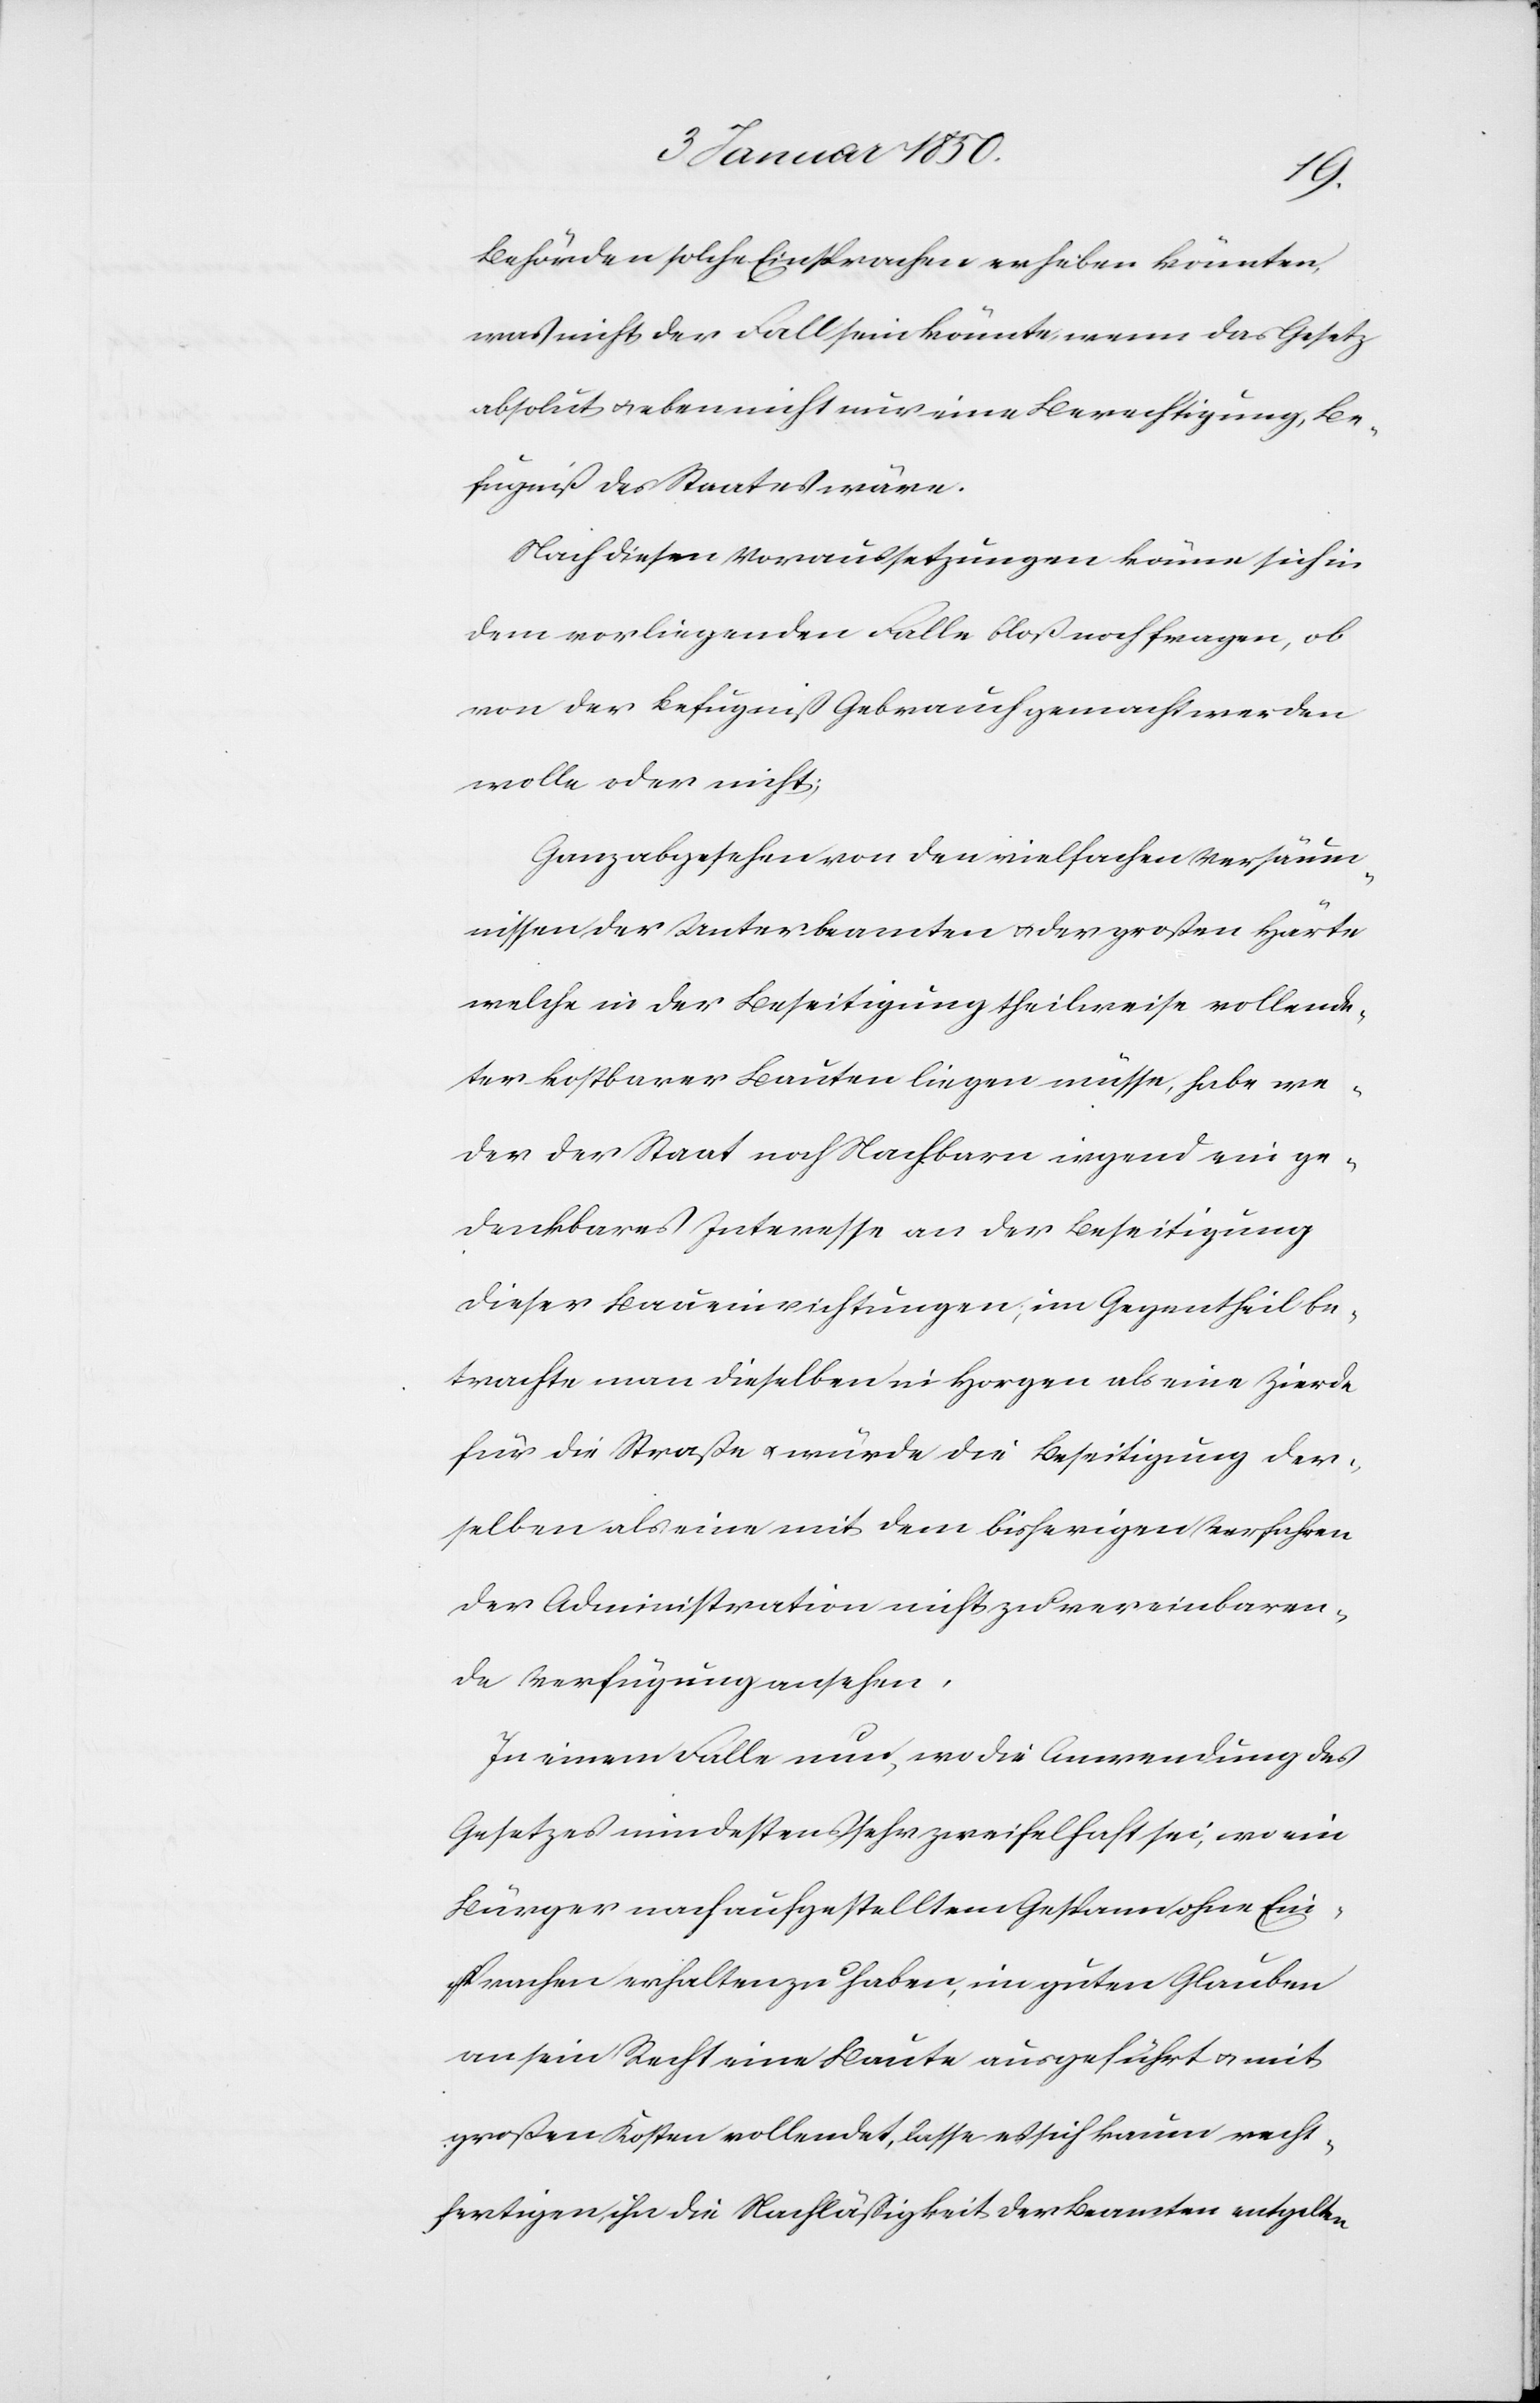
Behörden solche Einsprachen erheben könnten,
was nicht der Fall sein könnte, wenn das Gesetz
absolut u. eben nicht nur eine Berechtigung, Be¬
fugniß des Staates wäre.
Nach diesen Voraussetzungen könne sich in
dem vorliegenden Falle bloß noch fragen, ob
von der Befugniß Gebrauch gemacht werden
wolle oder nicht;
Ganz abgesehen von den vielfachen Versäum¬
nissen der Unterbeamten u. der grossen Härte
welche in der Beseitigung theilweise vollende¬
ter kostbarer Bauten liegen müsse, habe we¬
der der Staat noch Nachbarn irgend ein ge¬
denkbares Interesse an der Beseitigung
dieser Baueinrichtungen, im Gegentheil be¬
trachte man dieselben in Horgen als eine Zierde
für die Straße u. würde die Beseitigung der¬
selben als eine mit dem bisherigen Verfahren
der Administration nicht zu vereinbaren¬
de Verfügung ansehen.
In einem Falle nur, wo die Anwendung des
Gesetzes mindestens sehr zweifelhaft sei, wo ein
Bürger nach aufgestelltem Gespann ohne Ein¬
sprachen erhalten zu haben, im guten Glauben
an sein Recht eine Baute ausgeführt u. mit
großen Kosten vollendet, lasse es sich kaum recht¬
fertigen, ihn die Nachläßigkeit der Beamten entgelten